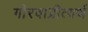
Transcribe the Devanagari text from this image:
गौरवाप्रीत्यर्थ